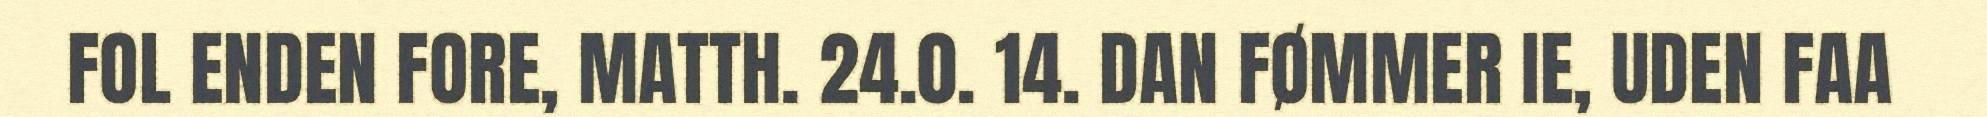
FOL ENDEN FORE, MATTH. 24.0. 14. DAN FØMMER IE, UDEN FAA